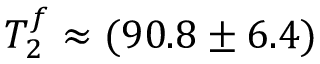
T _ { 2 } ^ { f } \approx ( 9 0 . 8 \pm 6 . 4 )